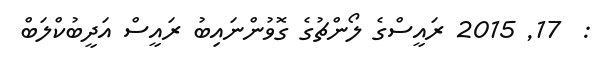
:  17